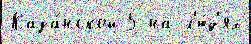
Каза́нской 5 на л'ю́д'ях